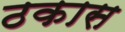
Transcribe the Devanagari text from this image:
ठकास